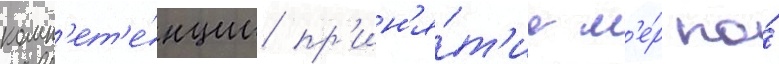
комп'ет'е́нции пр'ин'я́т'ие м'е́р по́